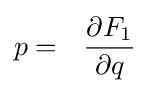
p=~~{\frac {\partial F_{1}}{\partial q}}\,\!